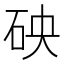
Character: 𥑞